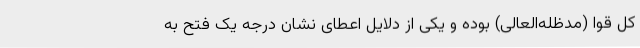
کل قوا (مدظله‌العالی) بوده و یکی از دلایل اعطای نشان درجه یک فتح به